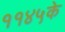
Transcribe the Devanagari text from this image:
११४५के